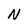
Character: N